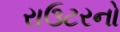
રાઉટરનો